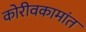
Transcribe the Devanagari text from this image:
कोरीवकामांत